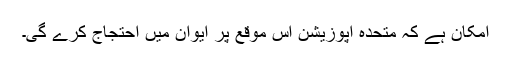
امکان ہے کہ متحدہ اپوزیشن اس موقع پر ایوان میں احتجاج کرے گی۔